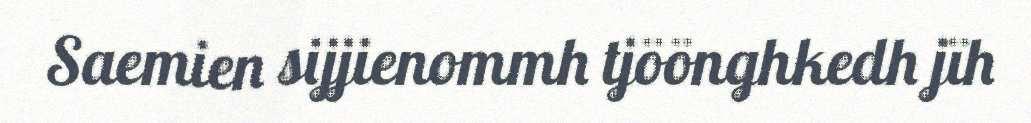
Saemien sijjienommh tjöönghkedh jïh